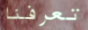
تعرفنا